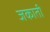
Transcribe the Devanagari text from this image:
जकाती